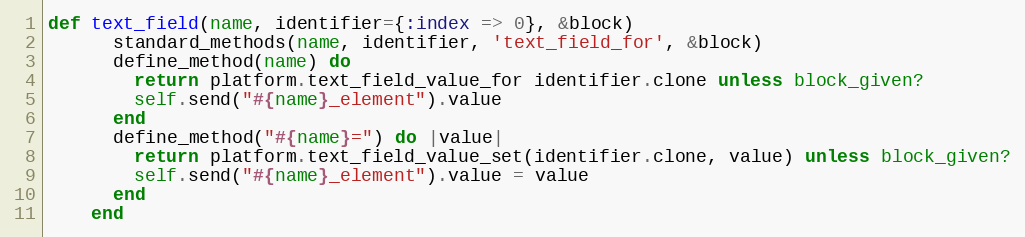
Language: Ruby
def text_field(name, identifier={:index => 0}, &block)
      standard_methods(name, identifier, 'text_field_for', &block)
      define_method(name) do
        return platform.text_field_value_for identifier.clone unless block_given?
        self.send("#{name}_element").value
      end
      define_method("#{name}=") do |value|
        return platform.text_field_value_set(identifier.clone, value) unless block_given?
        self.send("#{name}_element").value = value
      end
    end